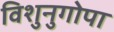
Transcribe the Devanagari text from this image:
विशुनुगोपा